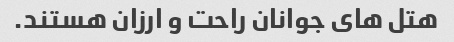
هتل های جوانان راحت و ارزان هستند.